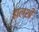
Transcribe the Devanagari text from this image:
हालशी